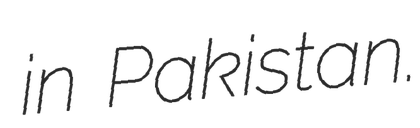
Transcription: in Pakistan.